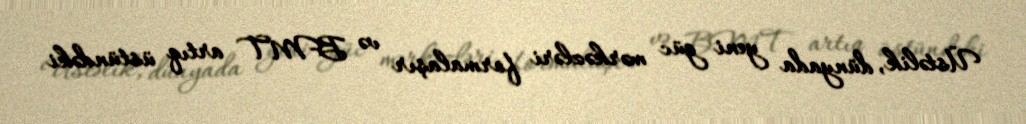
Üstəlik, dünyada yeni güc mərkəzləri formalaşır və BMT artıq üstündəki